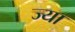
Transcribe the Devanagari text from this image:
ज्‍या